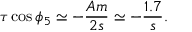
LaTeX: \tau \cos \phi _ { 5 } \simeq - \frac { A m } { 2 s } \simeq - \frac { 1 . 7 } { s } .